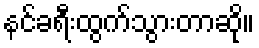
နင်ခရီးထွက်သွားတာဆို။